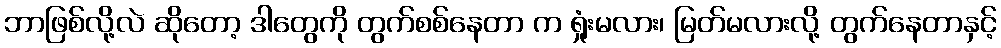
ဘာဖြစ်လို့လဲ ဆိုတော့ ဒါတွေကို တွက်စစ်နေတာ က ရှုံးမလား၊ မြတ်မလားလို့ တွက်နေတာနှင့်